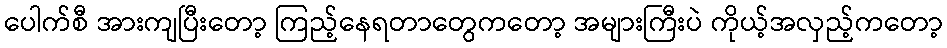
ပေါက်စီ အားကျပြီးတော့ ကြည့်နေရတာတွေကတော့ အများကြီးပဲ ကိုယ့်အလှည့်ကတော့